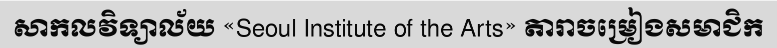
សាកលវិទ្យាល័យ «Seoul Institute of the Arts» តារាចម្រៀងសមាជិក